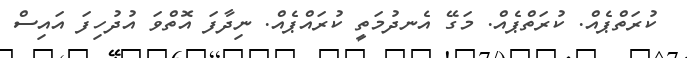
ކުރަތްޕެއް. ކުރަތްޕެއް. މަގޭ އެނދުމަތީ ކުރައްޕެއް. ނިދާފަ އޮތްވަ އުދުހިފަ އައިސް